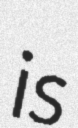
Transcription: is